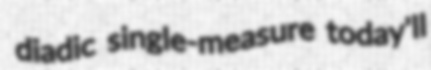
diadic single-measure today'll